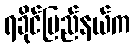
ရခိုင်ပြည်နယ်က